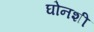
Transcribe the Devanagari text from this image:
घोनशी